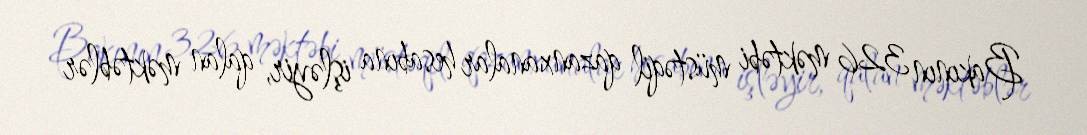
Bakının 326 məktəbi müstəqil qazanxanalar hesabına işləyir, qalan məktəblər